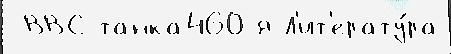
 ВВС танка460-я Л'ит'ерату́ра